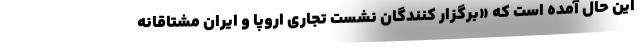
این حال آمده است که «برگزار کنندگان نشست تجاری اروپا و ایران مشتاقانه